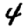
Digit: 4